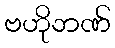
ဗဟိုဘဏ်